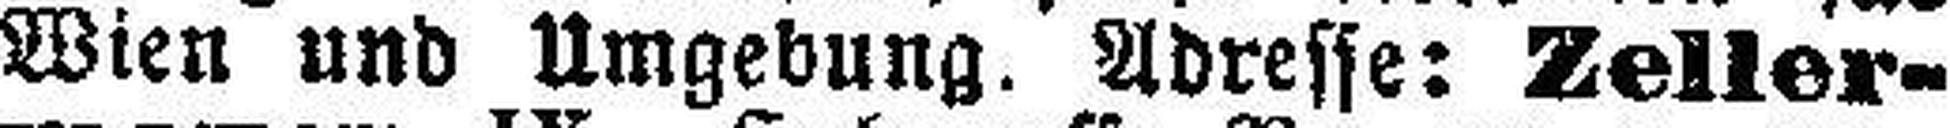
Wien und Umgebung. Adresse: Zeller¬